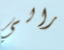
رالي